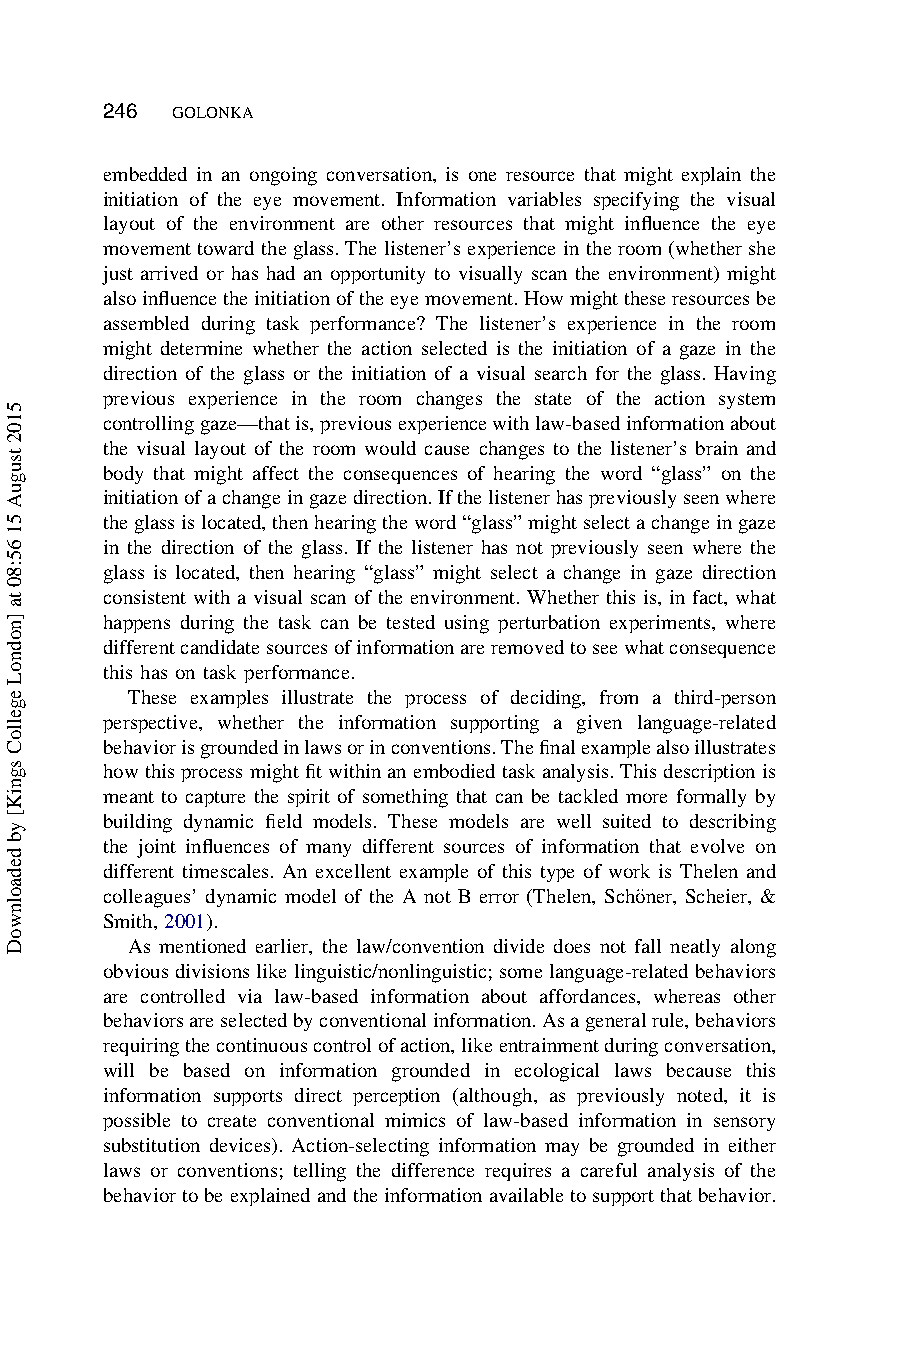
246
 GOLONKA
 embedded in an ongoing conversation, is one resource that might explain the
 initiation of the eye movement. Information variables specifying the visual
 layout of the environment are other resources that might influence the eye
 movementtowardtheglass. Thelistener’s experience intheroom(whether she
 just arrived or has had an opportunity to visually scan the environment) might
 alsoinfluencetheinitiationoftheeyemovement.Howmighttheseresourcesbe
 assembled during task performance? The listener’s experience in the room
 might determine whether the action selected is the initiation of a gaze in the
 direction of the glass or the initiation of a visual search for the glass. Having
 previous experience in the room changes the state of the action system
 controllinggaze—thatis,previousexperiencewithlaw-basedinformationabout
 the visual layout of the room would cause changes to the listener’s brain and
 body that might affect the consequences of hearing the word “glass” on the
 initiationofachangeingazedirection.Ifthelistenerhaspreviouslyseenwhere
 theglassislocated,thenhearingtheword“glass”mightselectachangeingaze
 in the direction of the glass. If the listener has not previously seen where the
 glass is located, then hearing “glass” might select a change in gaze direction
 consistent with a visual scan of the environment. Whether this is, in fact, what
 happens during the task can be tested using perturbation experiments, where
 differentcandidatesourcesofinformationareremovedtoseewhatconsequence
 this has on task performance.
 These examples illustrate the process of deciding, from a third-person
 perspective, whether the information supporting a given language-related
 behaviorisgroundedinlawsorinconventions.Thefinalexamplealsoillustrates
 howthisprocess mightfitwithinanembodiedtaskanalysis. Thisdescriptionis
 meant to capture the spirit of something that can be tackled more formally by
 building dynamic field models. These models are well suited to describing
 the joint influences of many different sources of information that evolve on
 different timescales. An excellent example of this type of work is Thelen and
 colleagues’ dynamic model of the A not B error (Thelen, Scho¨ner, Scheier, &
 Smith, 2001).
 As mentioned earlier, the law/convention divide does not fall neatly along
 obvious divisionslike linguistic/nonlinguistic;somelanguage-relatedbehaviors
 are controlled via law-based information about affordances, whereas other
 behaviorsareselectedbyconventionalinformation.Asageneralrule,behaviors
 requiringthecontinuouscontrolofaction,likeentrainmentduringconversation,
 will be based on information grounded in ecological laws because this
 information supports direct perception (although, as previously noted, it is
 possible to create conventional mimics of law-based information in sensory
 substitution devices). Action-selecting information may be grounded in either
 laws or conventions; telling the difference requires a careful analysis of the
 behaviortobeexplainedandtheinformationavailabletosupportthatbehavior.
 5102
 tsuguA
 51
 65:80
 ta
 ]nodnoL
 egelloC
 sgniK[
 yb
 dedaolnwoD